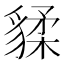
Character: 𧳨